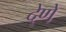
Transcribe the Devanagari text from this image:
दे्णे